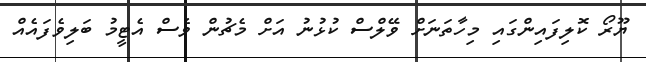
ޔޫރޯ ކޮލިފައިންގައި މިހާތަނަށް ވޭލްސް ކުޅުނު އަށް މެޗުން ވެސް އެޓީމު ބަލިވެފައެއް